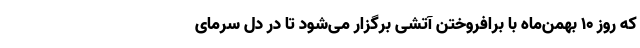
که روز ۱۰ بهمن‌ماه با برافروختن آتشی برگزار می‌شود تا در دل سرمای